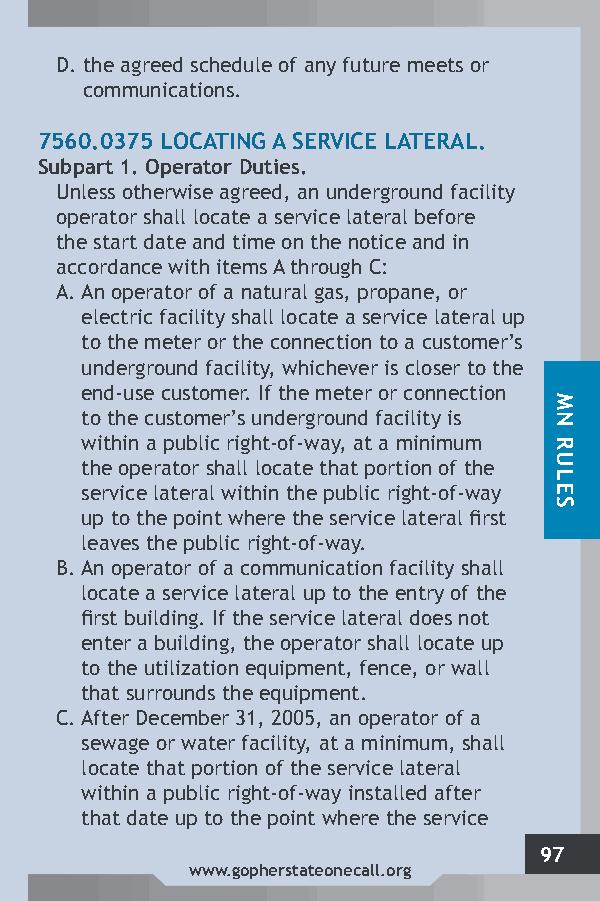
D. the agreed schedule of any future meets or
 communications.
 7560.0375 LOCATING A SERVICE LATERAL.
 Subpart 1. Operator Duties.
 Unless otherwise agreed, an underground facility
 operator shall locate a service lateral before
 the start date and time on the notice and in
 accordance with items A through C:
 A. An operator of a natural gas, propane, or
 electric facility shall locate a service lateral up
 to the meter or the connection to a customer’s
 underground facility, whichever is closer to the
 end-use customer. If the meter or connection
 to the customer’s underground facility is
 within a public right-of-way, at a minimum
 the operator shall locate that portion of the
 service lateral within the public right-of-way
 up to the point where the service lateral first
 leaves the public right-of-way.
 B. An operator of a communication facility shall
 locate a service lateral up to the entry of the
 first building. If the service lateral does not
 enter a building, the operator shall locate up
 to the utilization equipment, fence, or wall
 that surrounds the equipment.
 C. After December 31, 2005, an operator of a
 sewage or water facility, at a minimum, shall
 locate that portion of the service lateral
 within a public right-of-way installed after
 that date up to the point where the service
 97
 www.gopherstateonecall.org
 MN
 RULES